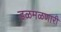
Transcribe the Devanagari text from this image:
डळमळणारी